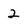
Character: 2